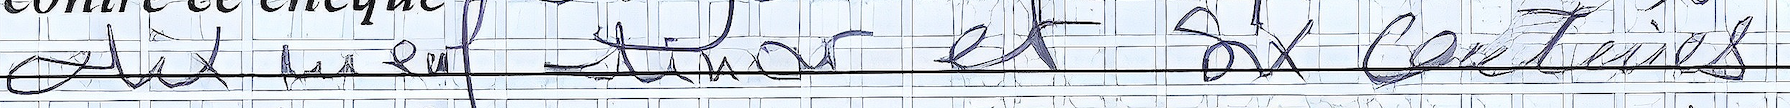
dix neuf dinar et six centimes